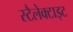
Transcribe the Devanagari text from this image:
स्टैलेक्टाइट